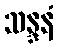
သန္ဒနံ